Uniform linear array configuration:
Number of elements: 16
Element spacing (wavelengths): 0.75
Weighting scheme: kaiser
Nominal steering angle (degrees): -45
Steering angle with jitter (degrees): -44.517
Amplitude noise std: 0.05
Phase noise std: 0.05

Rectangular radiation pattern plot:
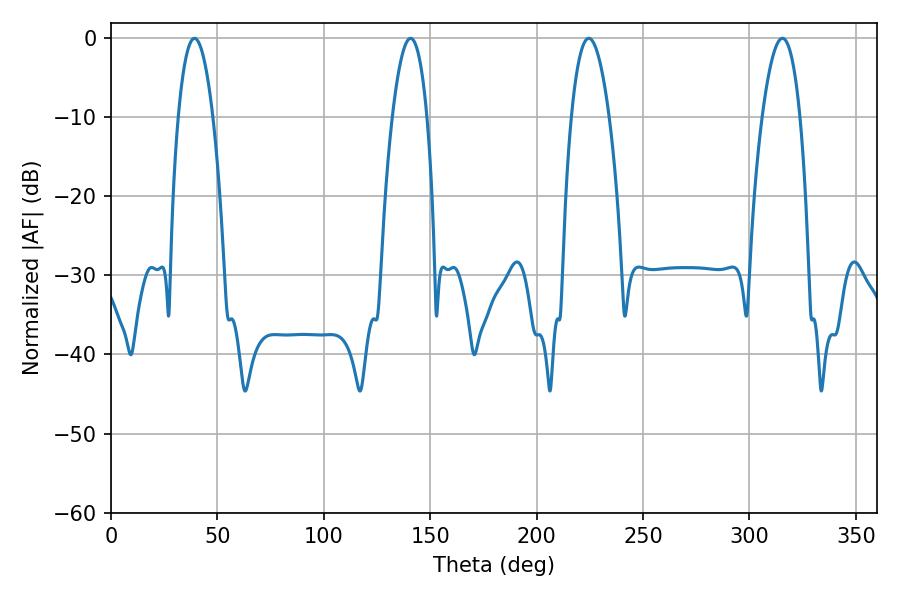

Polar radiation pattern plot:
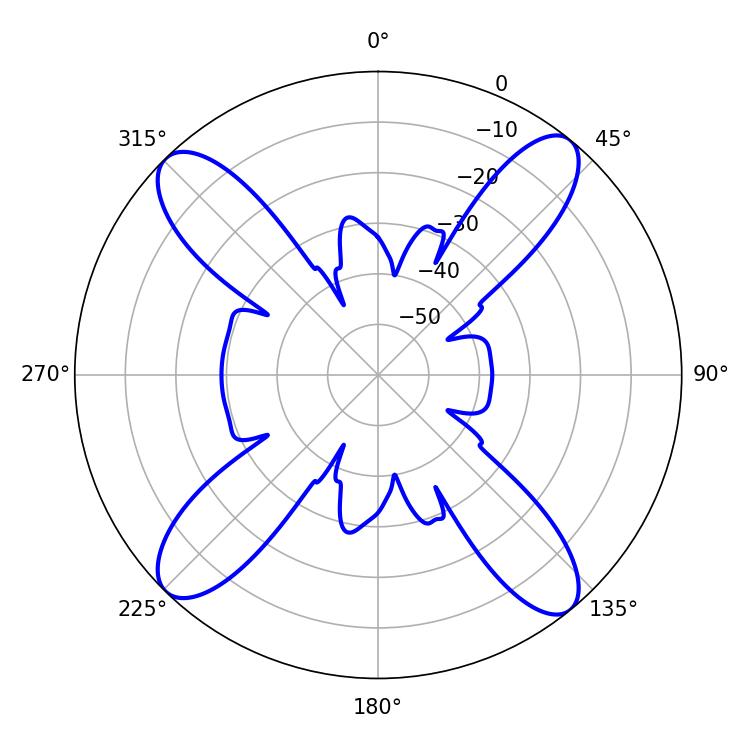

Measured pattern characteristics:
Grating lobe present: TRUE
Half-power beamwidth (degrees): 9
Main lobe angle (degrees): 39.24